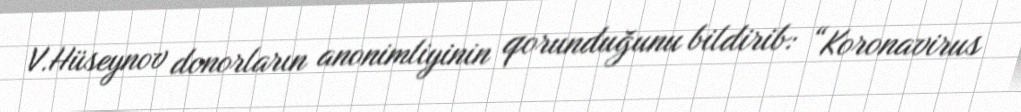
V.Hüseynov donorların anonimliyinin qorunduğunu bildirib: “Koronavirus